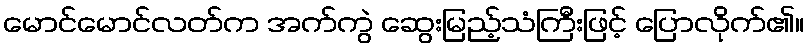
မောင်မောင်လတ်က အက်ကွဲ ဆွေးမြည့်သံကြီးဖြင့် ပြောလိုက်၏။